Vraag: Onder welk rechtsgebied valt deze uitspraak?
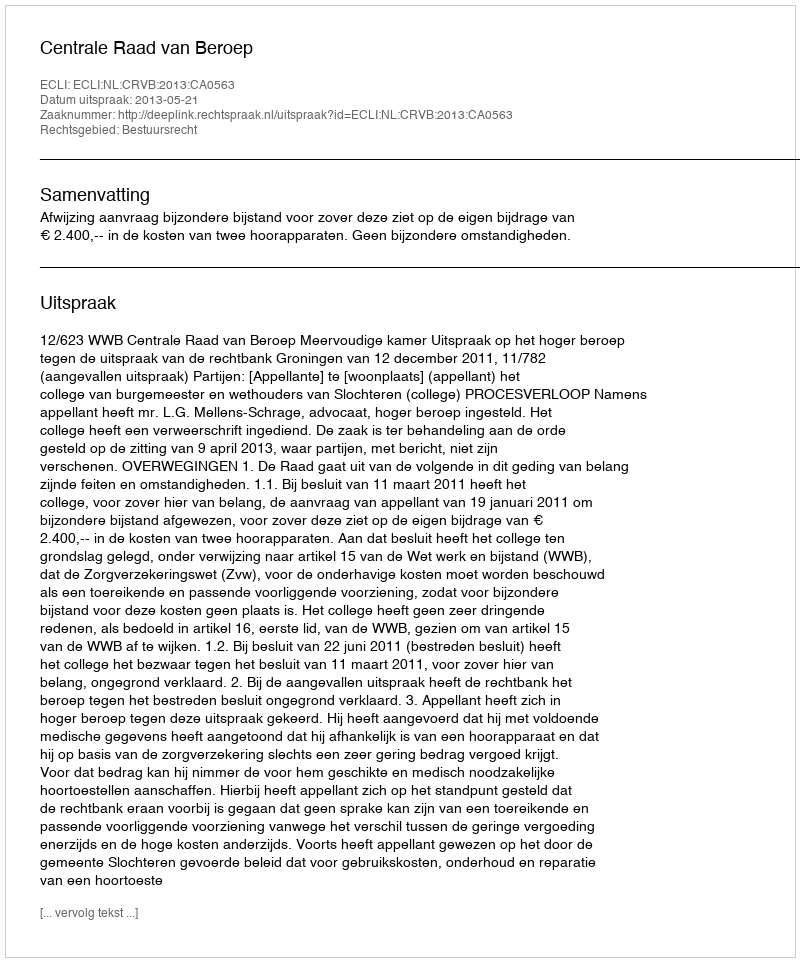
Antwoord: Bestuursrecht